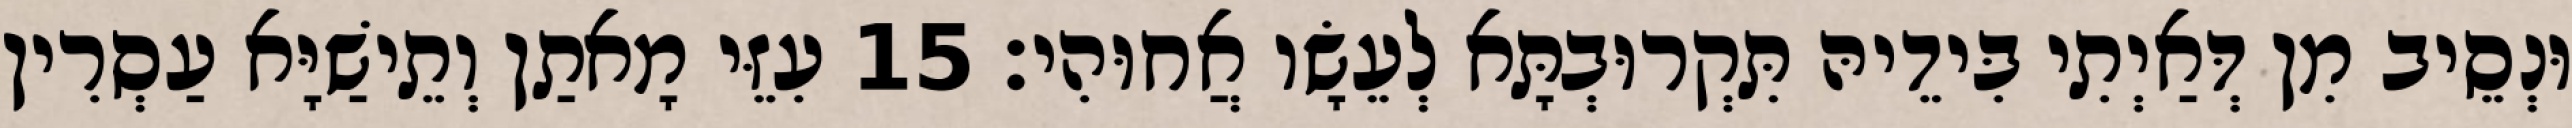
וּנְסֵיב מִן דְּאַיְתִי בִּידֵיהּ תִּקְרוּבְתָּא לְעֵשָׂו אֲחוּהִי׃ 15 עִזֵּי מָאתַן וְתֵישַׁיָּא עַסְרִין